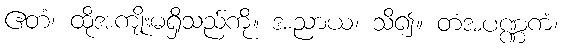
ဧတံ၊ ထိုအကျိုးမရှိသည်ကို။ အညာယ၊ သိ၍။ တံအပဏ္ဏကံ၊